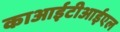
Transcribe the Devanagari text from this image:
काआईटीआईएल